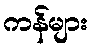
ကန်များ